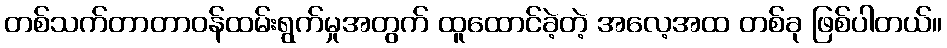
တစ်သက်တာတာဝန်ထမ်းရွက်မှုအတွက် ထူထောင်ခဲ့တဲ့ အလေ့အထ တစ်ခု ဖြစ်ပါတယ်။